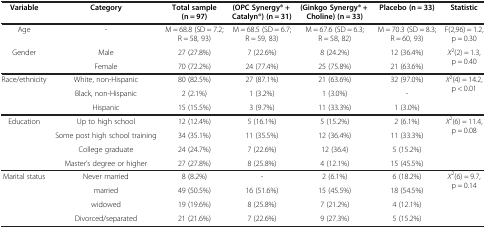
| Variable | Category | Total sample (n = 97) | (OPC Synergy® + Catalyn®) (n = 31) | (Ginkgo Synergy® + Choline) (n = 33) | Placebo (n = 33) | Statistic |
 | --- | --- | --- | --- | --- | --- | --- |
 | Age | - | M = 68.8 (SD = 7.2; R = 58, 93) | M = 68.5 (SD = 6.7; R = 59, 83) | M = 67.6 (SD = 6.3; R = 58, 82) | M = 70.3 (SD = 8.3; R = 60, 93) | F(2,96) = 1.2, p = 0.30 |
 | <ROWSPAN=2> Gender | Male | 27 (27.8%) | 7 (22.6%) | 8 (24.2%) | 12 (36.4%) | <ROWSPAN=2> X2(2) = 1.3, p = 0.40 |
 | Female | 70 (72.2%) | 24 (77.4%) | 25 (75.8%) | 21 (63.6%) |
 | <ROWSPAN=3> Race/ethnicity | White, non-Hispanic | 80 (82.5%) | 27 (87.1%) | 21 (63.6%) | 32 (97.0%) | <ROWSPAN=3> X2(4) = 14.2, p < 0.01 |
 | Black, non-Hispanic | 2 (2.1%) | 1 (3.2%) | 1 (3.0%) | - |
 | Hispanic | 15 (15.5%) | 3 (9.7%) | 11 (33.3%) | 1 (3.0%) |
 | <ROWSPAN=4> Education | Up to high school | 12 (12.4%) | 5 (16.1%) | 5 (15.2%) | 2 (6.1%) | <ROWSPAN=4> X2(6) = 11.4, p = 0.08 |
 | Some post high school training | 34 (35.1%) | 11 (35.5%) | 12 (36.4%) | 11 (33.3%) |
 | College graduate | 24 (24.7%) | 7 (22.6%) | 12 (36.4) | 5 (15.2%) |
 | Master’s degree or higher | 27 (27.8%) | 8 (25.8%) | 4 (12.1%) | 15 (45.5%) |
 | <ROWSPAN=4> Marital status | Never married | 8 (8.2%) | - | 2 (6.1%) | 6 (18.2%) | <ROWSPAN=4> X2(6) = 9.7, p = 0.14 |
 | married | 49 (50.5%) | 16 (51.6%) | 15 (45.5%) | 18 (54.5%) |
 | widowed | 19 (19.6%) | 8 (25.8%) | 7 (21.2%) | 4 (12.1%) |
 | Divorced/separated | 21 (21.6%) | 7 (22.6%) | 9 (27.3%) | 5 (15.2%) |